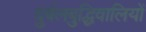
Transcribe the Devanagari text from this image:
दुर्बलबुद्धिवालियों